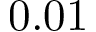
0 . 0 1